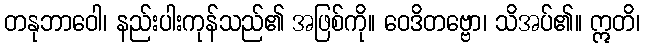
တနုဘာဝေါ၊ နည်းပါးကုန်သည်၏ အဖြစ်ကို။ ဝေဒိတဗ္ဗော၊ သိအပ်၏။ ဣတိ၊